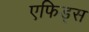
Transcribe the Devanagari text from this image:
एफिड्स